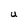
Character: U